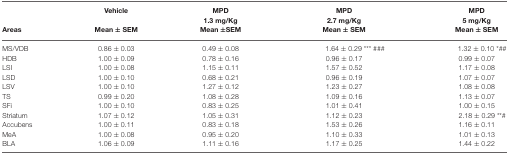
<table><thead><tr><td></td><td><b>Vehicle</b></td><td><b>MPD1.3 mg/Kg</b></td><td><b>MPD2.7 mg/Kg</b></td><td><b>MPD5 mg/Kg</b></td></tr><tr><td><b>Areas</b></td><td><b>Mean ± SEM</b></td><td><b>Mean ±SEM</b></td><td><b>Mean ± SEM</b></td><td><b>Mean ± SEM</b></td></tr></thead><tbody><tr><td>MS/VDB</td><td>0.86 ± 0.03</td><td>0.49 ± 0.08</td><td>1.64 ± 0.29 *** ###</td><td>1.32 ± 0.10 *##</td></tr><tr><td>HDB</td><td>1.00 ± 0.09</td><td>0.78 ± 0.16</td><td>0.96 ± 0.17</td><td>0.99 ± 0.07</td></tr><tr><td>LSI</td><td>1.00 ± 0.08</td><td>1.15 ± 0.11</td><td>1.57 ± 0.52</td><td>1.17 ± 0.08</td></tr><tr><td>LSD</td><td>1.00 ± 0.10</td><td>0.68 ± 0.21</td><td>0.96 ± 0.19</td><td>1.07 ± 0.07</td></tr><tr><td>LSV</td><td>1.00 ± 0.10</td><td>1.27 ± 0.12</td><td>1.23 ± 0.27</td><td>1.08 ± 0.08</td></tr><tr><td>TS</td><td>0.99 ± 0.20</td><td>1.08 ± 0.28</td><td>1.09 ± 0.16</td><td>1.13 ± 0.07</td></tr><tr><td>SFi</td><td>1.00 ± 0.10</td><td>0.83 ± 0.25</td><td>1.01 ± 0.41</td><td>1.00 ± 0.15</td></tr><tr><td>Striatum</td><td>1.07 ± 0.12</td><td>1.05 ± 0.31</td><td>1.12 ± 0.23</td><td>2.18 ± 0.29 **#</td></tr><tr><td>Accubens</td><td>1.00 ± 0.11</td><td>0.83 ± 0.18</td><td>1.53 ± 0.26</td><td>1.16 ± 0.11</td></tr><tr><td>MeA</td><td>1.00 ± 0.08</td><td>0.95 ± 0.20</td><td>1.10 ± 0.33</td><td>1.01 ± 0.13</td></tr><tr><td>BLA</td><td>1.06 ± 0.09</td><td>1.11 ± 0.16</td><td>1.17 ± 0.25</td><td>1.44 ± 0.22</td></tr></tbody></table>